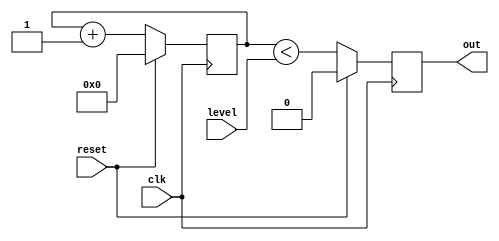
`default_nettype none
module p07_pwm #(
    parameter WIDTH = 8,
    parameter INVERT = 0
    ) (
    input wire clk,
    input wire reset,
    output reg out,
    input wire [WIDTH-1:0] level
    );

    reg [WIDTH-1:0] count;
    wire pwm_on = count < level;

    always @(posedge clk) begin
        if(reset)
            count <= 1'b0;
        else
            count <= count + 1'b1;
    end

    always @(posedge clk) begin
        if(reset)
            out <= 0;
        else
            out <= INVERT == 1'b0 ? pwm_on : ! pwm_on;
    end

endmodule